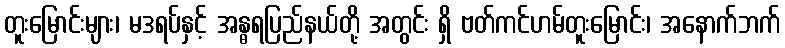
တူးမြောင်းများ၊ မဒရပ်နှင့် အန္ဓရပြည်နယ်တို့ အတွင်း ရှိ ဗတ်ကင်ဟမ်တူးမြောင်း၊ အနောက်ဘက်